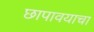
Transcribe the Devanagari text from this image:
छापावयाचा